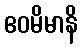
ဧဝမိမာနိ